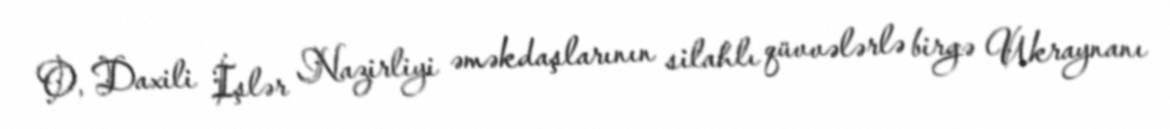
O, Daxili İşlər Nazirliyi əməkdaşlarının silahlı qüvvələrlə birgə Ukraynanı